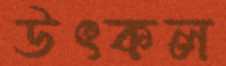
উৎকল